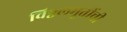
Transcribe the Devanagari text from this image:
विठ्ठलमूर्तीची